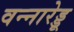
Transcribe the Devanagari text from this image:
वन्नारेड्डू